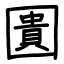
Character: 圚